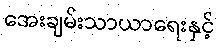
အေးချမ်းသာယာရေးနှင့်